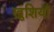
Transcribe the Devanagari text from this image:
ख़ुशियाँ